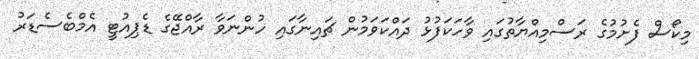
މިކޯސް ފެށުމުގެ ރަސްމިއްޔާތުގައި ވާހަކަފުޅު ދައްކަވަމުން ޗައިނާގައި ހުންނަވާ ރާއްޖޭގެ ޑެޕިއުޓީ އެމްބެސެޑަރު